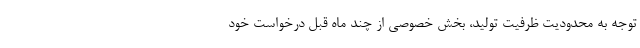
توجه به محدودیت ظرفیت تولید، بخش خصوصی از چند ماه قبل درخواست خود